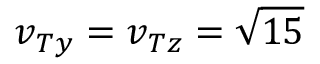
v _ { T y } = v _ { T z } = \sqrt { 1 5 }